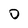
Character: 0